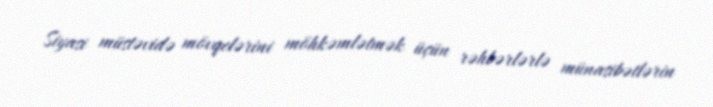
Siyasi müstəvidə mövqelərini möhkəmlətmək üçün rəhbərlərlə münasibətlərin